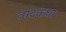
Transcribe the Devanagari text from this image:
वादकथा